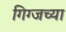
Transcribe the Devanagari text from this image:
गिग्जच्या